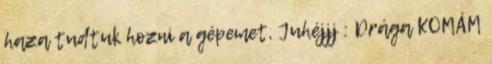
haza tudtuk hozni a gépemet, Juhéjjj : Drága KOMÁM